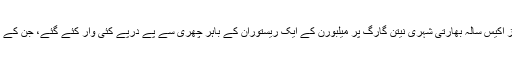
ابھی گزشتہ ہفتے کے روز اکیس سالہ بھارتی شہری نیتن گارگ پر میلبورن کے ایک ریستوران کے باہر چھری سے پے درپے کئی وار کئے گئے، جن کے نتیجے میں وہ ہلاک ہوگیا۔